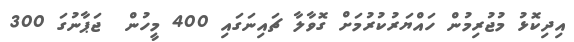
އިދިކޮޅު މުޖުރިމުން ހައްޔަރުކުރުމަށް ގޮވާލާ ޗައިނަގައި 400 މީހުން  ޖަޕާނުގަ 300